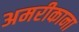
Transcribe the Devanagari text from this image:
अमरीकाना